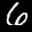
Label: 6